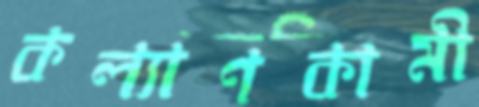
কল্যাণকামী